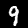
Label: 9